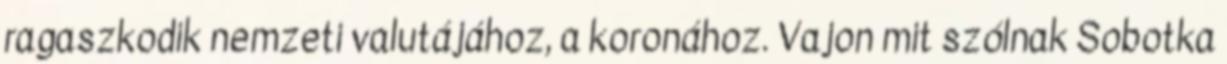
ragaszkodik nemzeti valutájához, a koronához. Vajon mit szólnak Sobotka